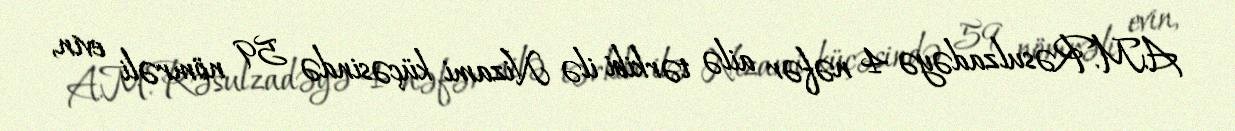
A.M.Rəsulzadəyə 4 nəfər ailə tərkibi ilə Nizami küçəsində 59 nömrəli evin,